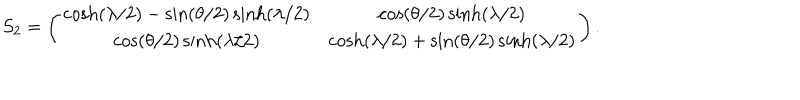
S _ { 2 } = \left( \begin{matrix} { { \cosh ( \lambda / 2 ) - \sin ( \theta / 2 ) \sinh ( \lambda / 2 ) } } & { { \cos ( \theta / 2 ) \sinh ( \lambda / 2 ) } } \\ { { \cos ( \theta / 2 ) \sinh ( \lambda / 2 ) } } & { { \cosh ( \lambda / 2 ) + \sin ( \theta / 2 ) \sinh ( \lambda / 2 ) } } \\ \end{matrix} \right) .